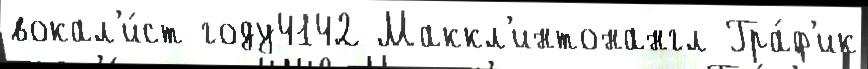
вокал'и́ст году4142 Маккл'интонангл Гра́ф'ик